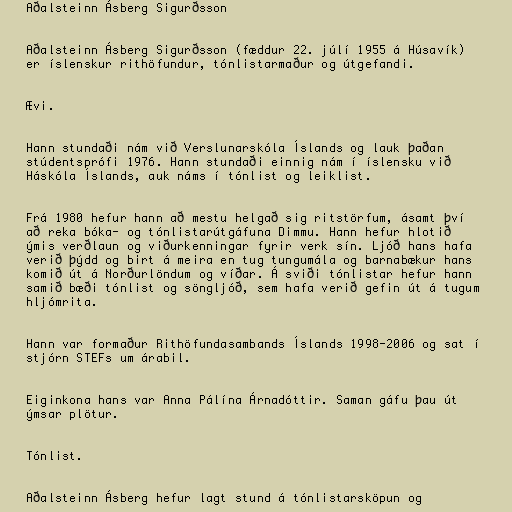
Aðalsteinn Ásberg Sigurðsson

Aðalsteinn Ásberg Sigurðsson (fæddur 22. júlí 1955 á Húsavík)
er íslenskur rithöfundur, tónlistarmaður og útgefandi.

Ævi.

Hann stundaði nám við Verslunarskóla Íslands og lauk þaðan
stúdentsprófi 1976. Hann stundaði einnig nám í íslensku við
Háskóla Íslands, auk náms í tónlist og leiklist.

Frá 1980 hefur hann að mestu helgað sig ritstörfum, ásamt því
að reka bóka- og tónlistarútgáfuna Dimmu. Hann hefur hlotið
ýmis verðlaun og viðurkenningar fyrir verk sín. Ljóð hans hafa
verið þýdd og birt á meira en tug tungumála og barnabækur hans
komið út á Norðurlöndum og víðar. Á sviði tónlistar hefur hann
samið bæði tónlist og söngljóð, sem hafa verið gefin út á tugum
hljómrita.

Hann var formaður Rithöfundasambands Íslands 1998-2006 og sat í
stjórn STEFs um árabil.

Eiginkona hans var Anna Pálína Árnadóttir. Saman gáfu þau út
ýmsar plötur.

Tónlist.

Aðalsteinn Ásberg hefur lagt stund á tónlistarsköpun og